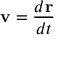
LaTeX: \mathbf { v } = { \frac { d \mathbf { r } } { d t } }